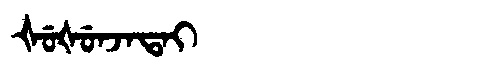
Manchu: ᡧᡠᡧᡠᠨᠵᠠᡨᠠᡳ
Romanization: ŠUŠUNJATAI